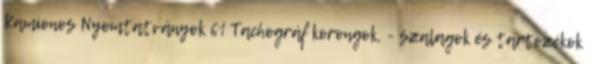
Kamionos Nyomtatványok 61 Tachográf korongok, - szalagok és tartozékok